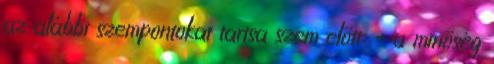
az alábbi szempontokat tartsa szem előtt: – a minőség